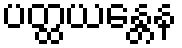
ပတ္ထယန္တေန